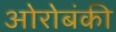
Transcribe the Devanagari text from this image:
ओरोबंकी